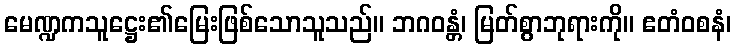
မေဏ္ဍကသူဋ္ဌေး၏မြေးဖြစ်သောသူသည်။ ဘဂဝန္တံ၊ မြတ်စွာဘုရားကို။ ဧတံဝစနံ၊